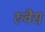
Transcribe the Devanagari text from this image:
रुवैस